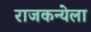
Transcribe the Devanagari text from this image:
राजकन्येला